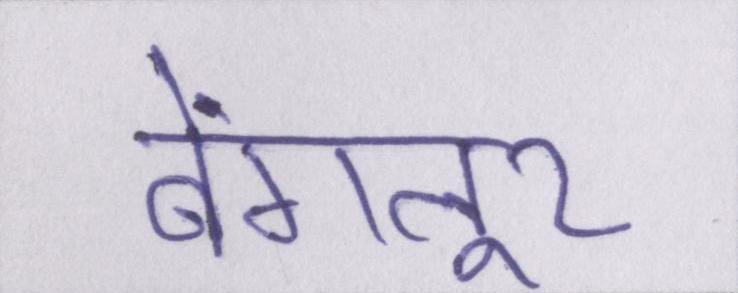
बेंगलूर